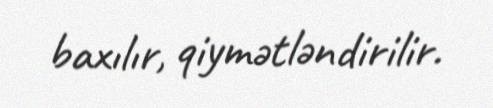
baxılır, qiymətləndirilir.